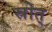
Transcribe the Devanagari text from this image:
स्रोत्